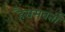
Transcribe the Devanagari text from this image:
हैसमवर्ती